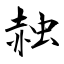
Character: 赨